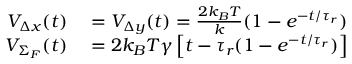
\begin{array} { r l } { { \cal V } _ { \Delta x } ( t ) } & { { } = { \cal V } _ { \Delta y } ( t ) = \frac { 2 k _ { B } T } k ( 1 - e ^ { - t / \tau _ { r } } ) } \\ { { \cal V } _ { \Sigma _ { F } } ( t ) } & { { } = 2 k _ { B } T \gamma \left[ t - \tau _ { r } ( 1 - e ^ { - t / \tau _ { r } } ) \right] } \end{array}